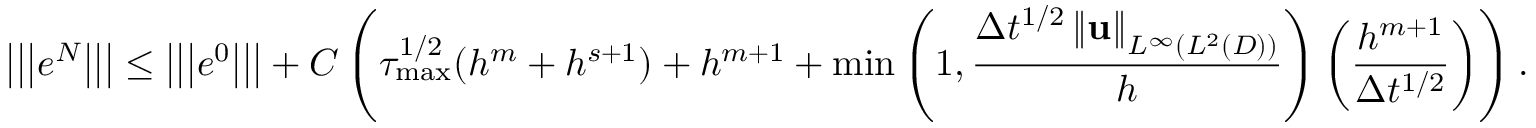
\left\vert \left\vert \left\vert e ^ { N } \right\vert \right\vert \right\vert \leq \left\vert \left\vert \left\vert e ^ { 0 } \right\vert \right\vert \right\vert + C \left( \tau _ { \operatorname* { m a x } } ^ { 1 / 2 } ( h ^ { m } + h ^ { s + 1 } ) + h ^ { m + 1 } + \operatorname* { m i n } \left( 1 , \frac { \Delta t ^ { 1 / 2 } \left\Vert \mathbf { u } \right\Vert _ { L ^ { \infty } ( L ^ { 2 } ( D ) ) } } { h } \right) \left( \frac { h ^ { m + 1 } } { \Delta t ^ { 1 / 2 } } \right) \right) .